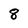
Character: 8